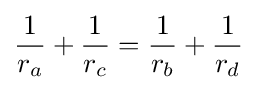
{\frac {1}{r_{a}}}+{\frac {1}{r_{c}}}={\frac {1}{r_{b}}}+{\frac {1}{r_{d}}}